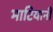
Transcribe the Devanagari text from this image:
भाटियानी